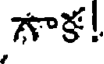
గాక!